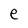
Character: e